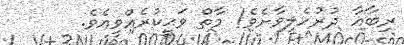
ރިބާއާ ދުރުހެލިވާށެވެ! މާތް ވަޙީކުރެއްވިއެވެ.